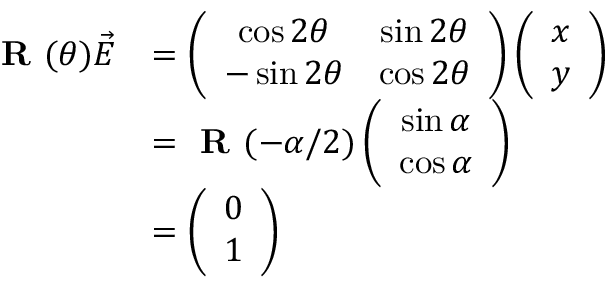
\begin{array} { r l } { \textbf { R } ( \theta ) \vec { E } } & { = \left( \begin{array} { c c } { \cos 2 \theta } & { \sin 2 \theta } \\ { - \sin 2 \theta } & { \cos 2 \theta } \end{array} \right) \left( \begin{array} { c c } { x } \\ { y } \end{array} \right) } \\ & { = \textbf { R } ( - \alpha / 2 ) \left( \begin{array} { c c } { \sin \alpha } \\ { \cos \alpha } \end{array} \right) } \\ & { = \left( \begin{array} { c c } { 0 } \\ { 1 } \end{array} \right) } \end{array}